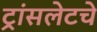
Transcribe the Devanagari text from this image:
ट्रांसलेटचे